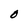
Character: O